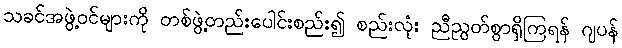
သခင်အဖွဲ့ဝင်များကို တစ်ဖွဲ့တည်းပေါင်းစည်း၍ စည်းလုံး ညီညွတ်စွာရှိကြရန် ဂျပန်